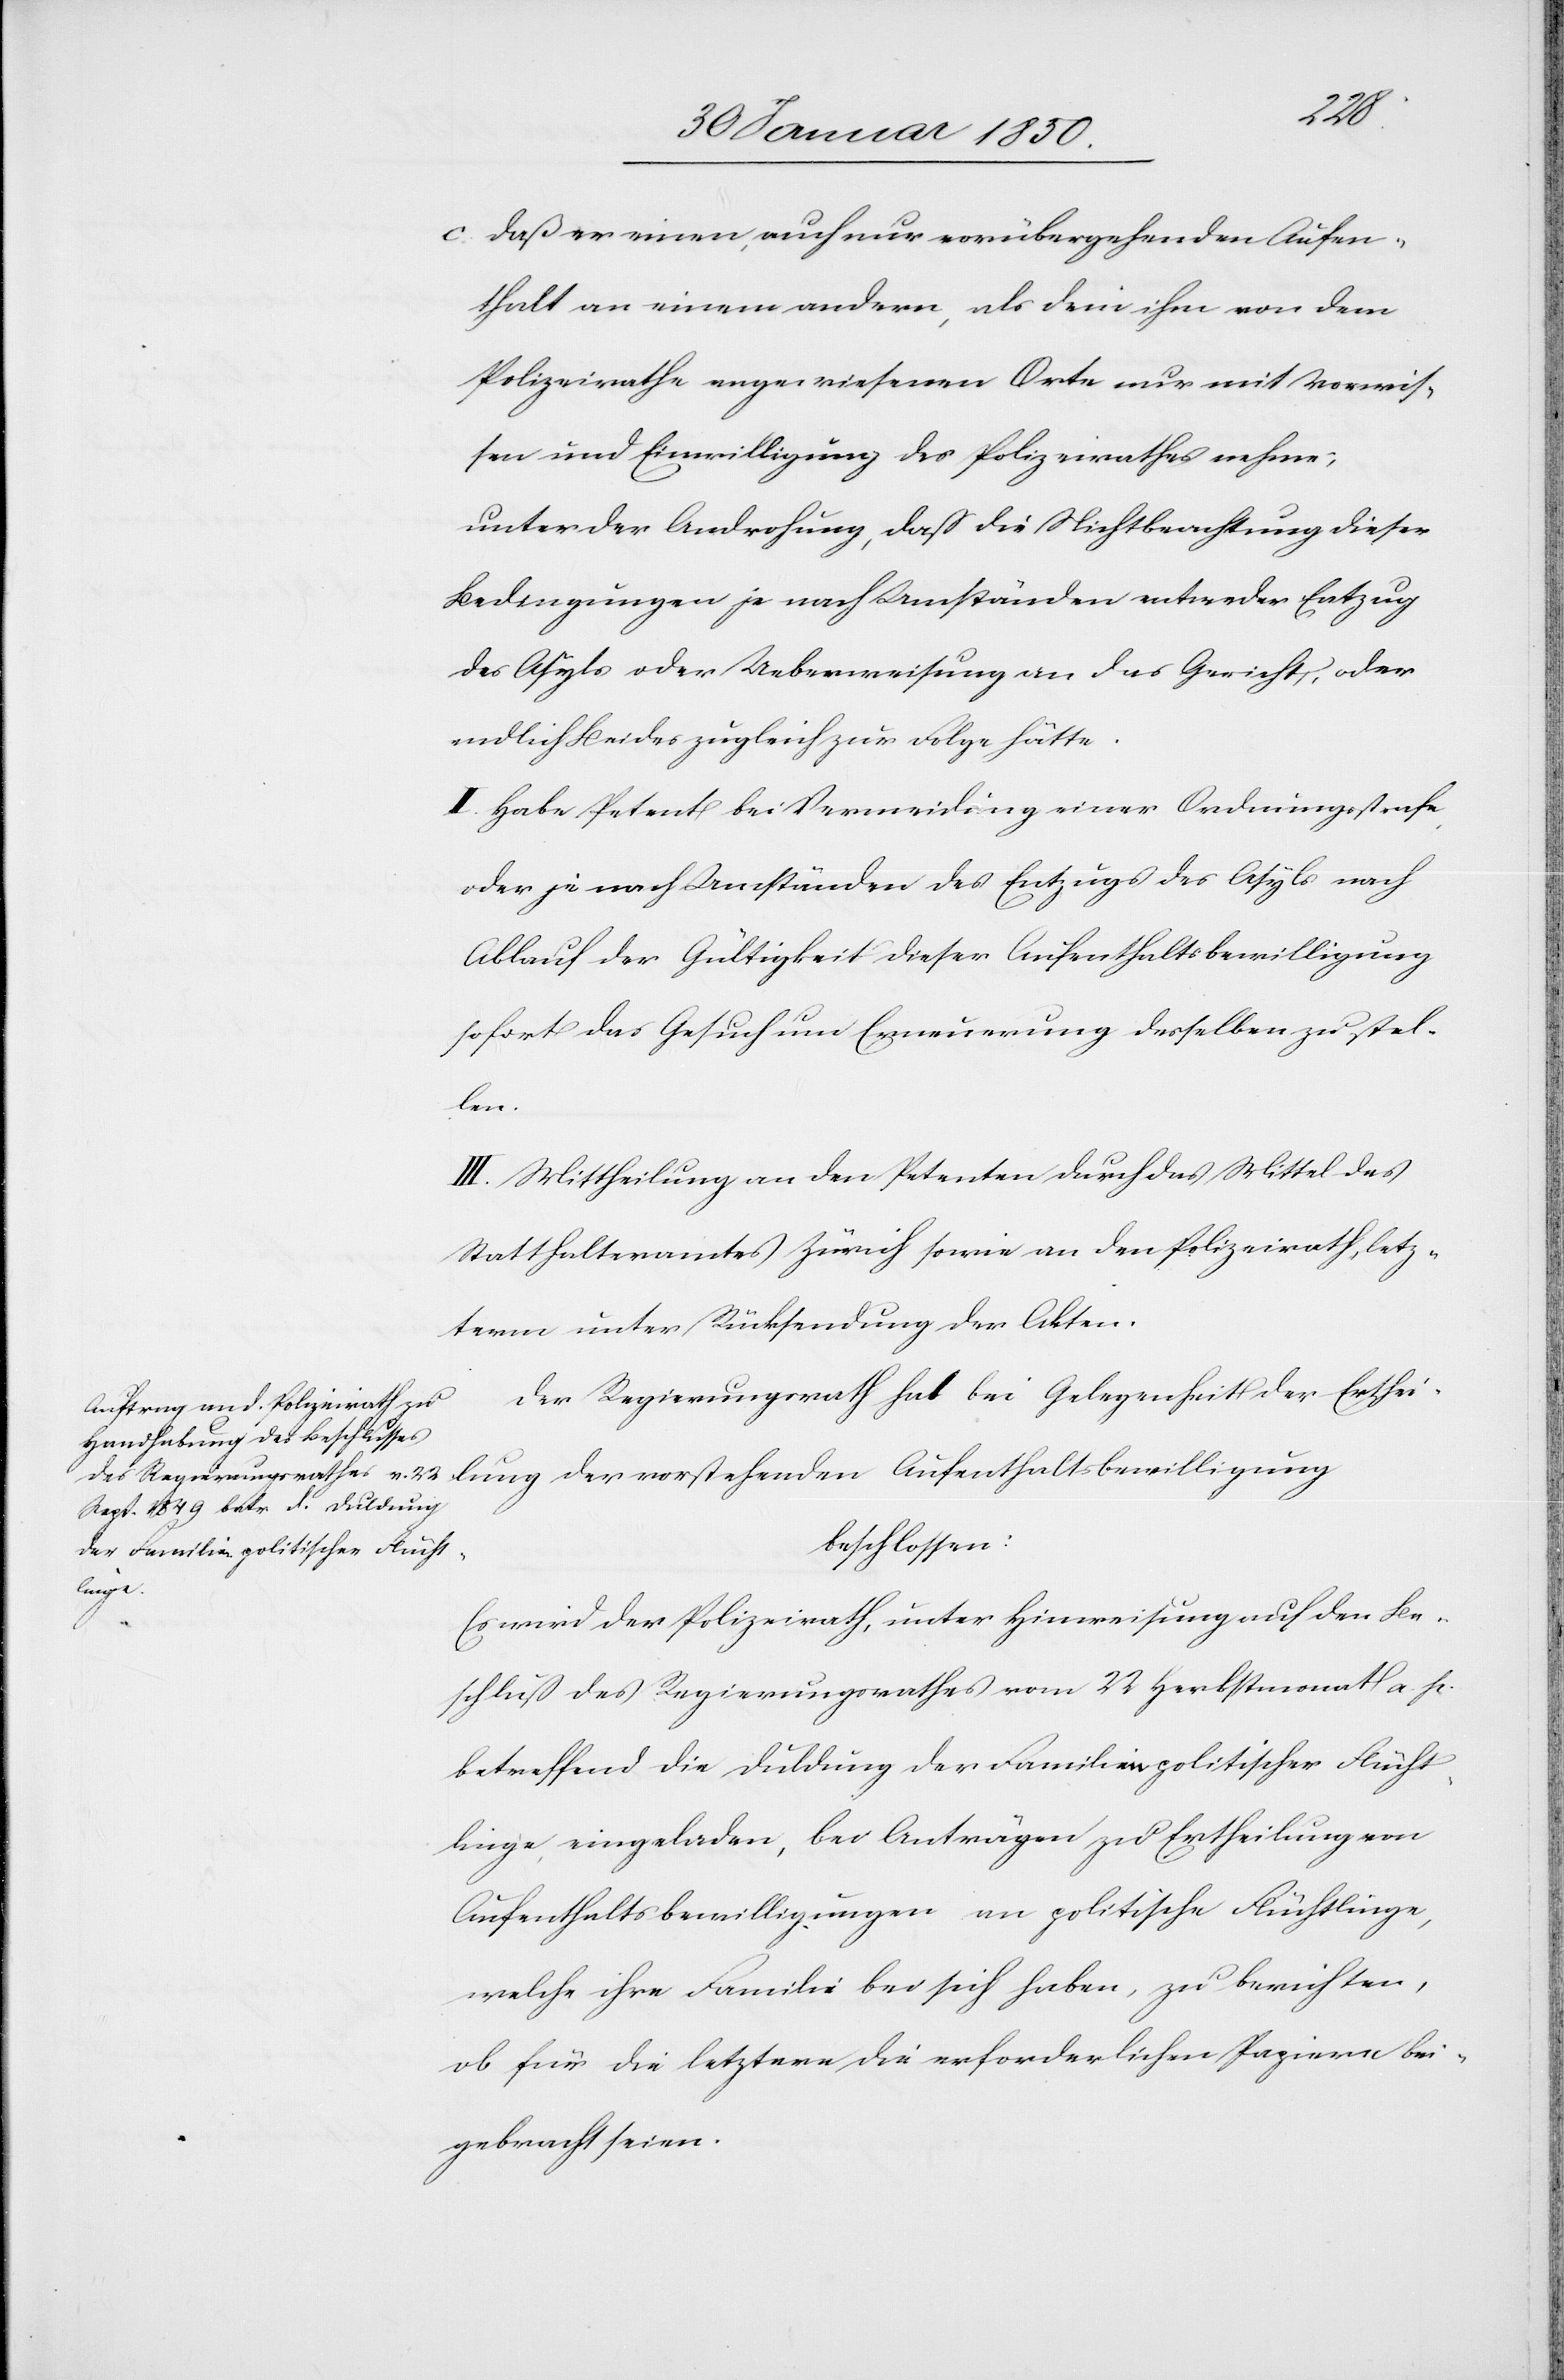
c. Daß er einen, auch nur vorübergehenden Aufen¬
thalt an einem andern, als dem ihm von dem
Polizeirathe angewiesenen Orte nur mit Vorwis¬
sen und Einwilligung des Polizeirathes nehme;
unter der Androhung, daß die Nichtbeachtung dieser
Bedingungen je nach Umständen entweder Entzug
des Asyls oder Ueberweisung an das Gericht, oder
endlich Beides zugleich zur Folge hätte.
II. Habe Petent bei Vermeidung einer Ordnungsstrafe,
oder je nach Umständen des Entzugs des Asyls nach
Ablauf der Gültigkeit dieser Aufenthaltsbewilligung
sofort das Gesuch um Erneuerung desselben zu stel¬
len.
III. Mittheilung an den Petenten durch das Mittel des
Statthalteramtes Zürich sowie an den Polizeirath, letz¬
term unter Rücksendung der Akten.
Der Regierungsrath hat bei Gelegenheit der Erthei¬
beschlossen:
den
Es wird der Polizeirath, unter Hinweisung auf den Be¬
schluß des Regierungsrathes vom 22 Herbstmonat a. p.
betreffend die Duldung der Familien politischer Flücht¬
linge, eingeladen, bei Anträgen zu Ertheilung von
Aufenthaltsbewilligungen an politische Flüchtlinge,
welche ihre Familie bei sich haben, zu berichten,
ob für die letztern die erforderlichen Papiere bei¬
gebracht seien.